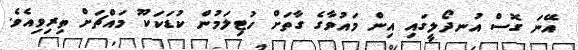
އޭނަ ގޮސް އުނދޯލީގައި އިން މައުވާގެ ގާތަށް ހުޓިލަމުން ކުޑަކަކޫ މައްޗަށް ތިރިވިއެވެ.